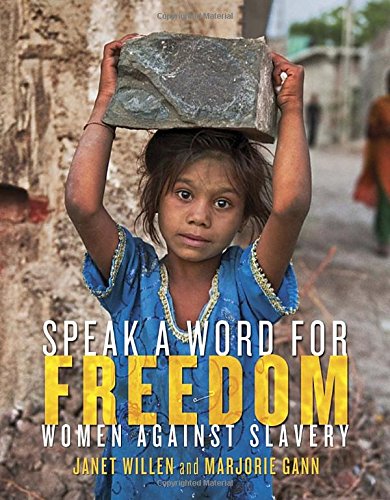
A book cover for Speak a Word for Freedom: Women against Slavery; Janet Willen; Teen & Young Adult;